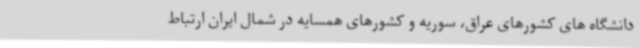
دانشگاه های کشورهای عراق، سوریه و کشورهای همسایه در شمال ایران ارتباط